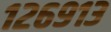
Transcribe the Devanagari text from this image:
१२६९१३